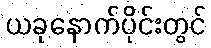
ယခုနောက်ပိုင်းတွင်